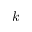
k